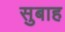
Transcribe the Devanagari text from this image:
सुबाह